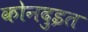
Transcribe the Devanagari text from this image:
कोनदुइत